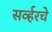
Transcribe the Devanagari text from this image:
सर्व्हरचे